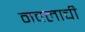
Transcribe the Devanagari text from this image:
नवलाची